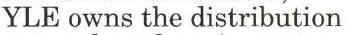
YLE owns the distribution